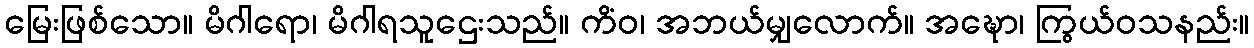
မြေးဖြစ်သော။ မိဂါရော၊ မိဂါရသူဌေးသည်။ ကိံဝ၊ အဘယ်မျှလောက်။ အဍ္ဎော၊ ကြွယ်ဝသနည်း။